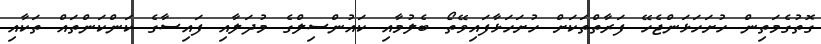
ގޮތުގެމަތިން ހުށަހަޅަންޖެހޭ ފަރާތްތަކަށް ހުށަހަޅާފައިވޭތޯ ބެލުމާއި ކައުންސިލްގެ މުދަލާއި ފައިސާގެ ކަންކަންތައް ތަކާއި